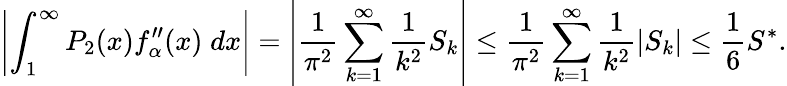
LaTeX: \left|\int_{1}^{\infty}P_{2}(x)f_{\alpha}^{\prime\prime}(x)\; dx\right|=\left|\frac{1}{\pi^{2}}\sum_{k=1}^{\infty}\frac{1}{k^{2}}S_{k}\right|\le\frac{1}{\pi^{2}}\sum_{k=1}^{\infty}\frac{1}{k^{2}}\left|S_{k}\right|\leq\frac{1}{6}S^{*}.